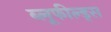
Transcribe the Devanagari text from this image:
ब्लूफील्ड्स